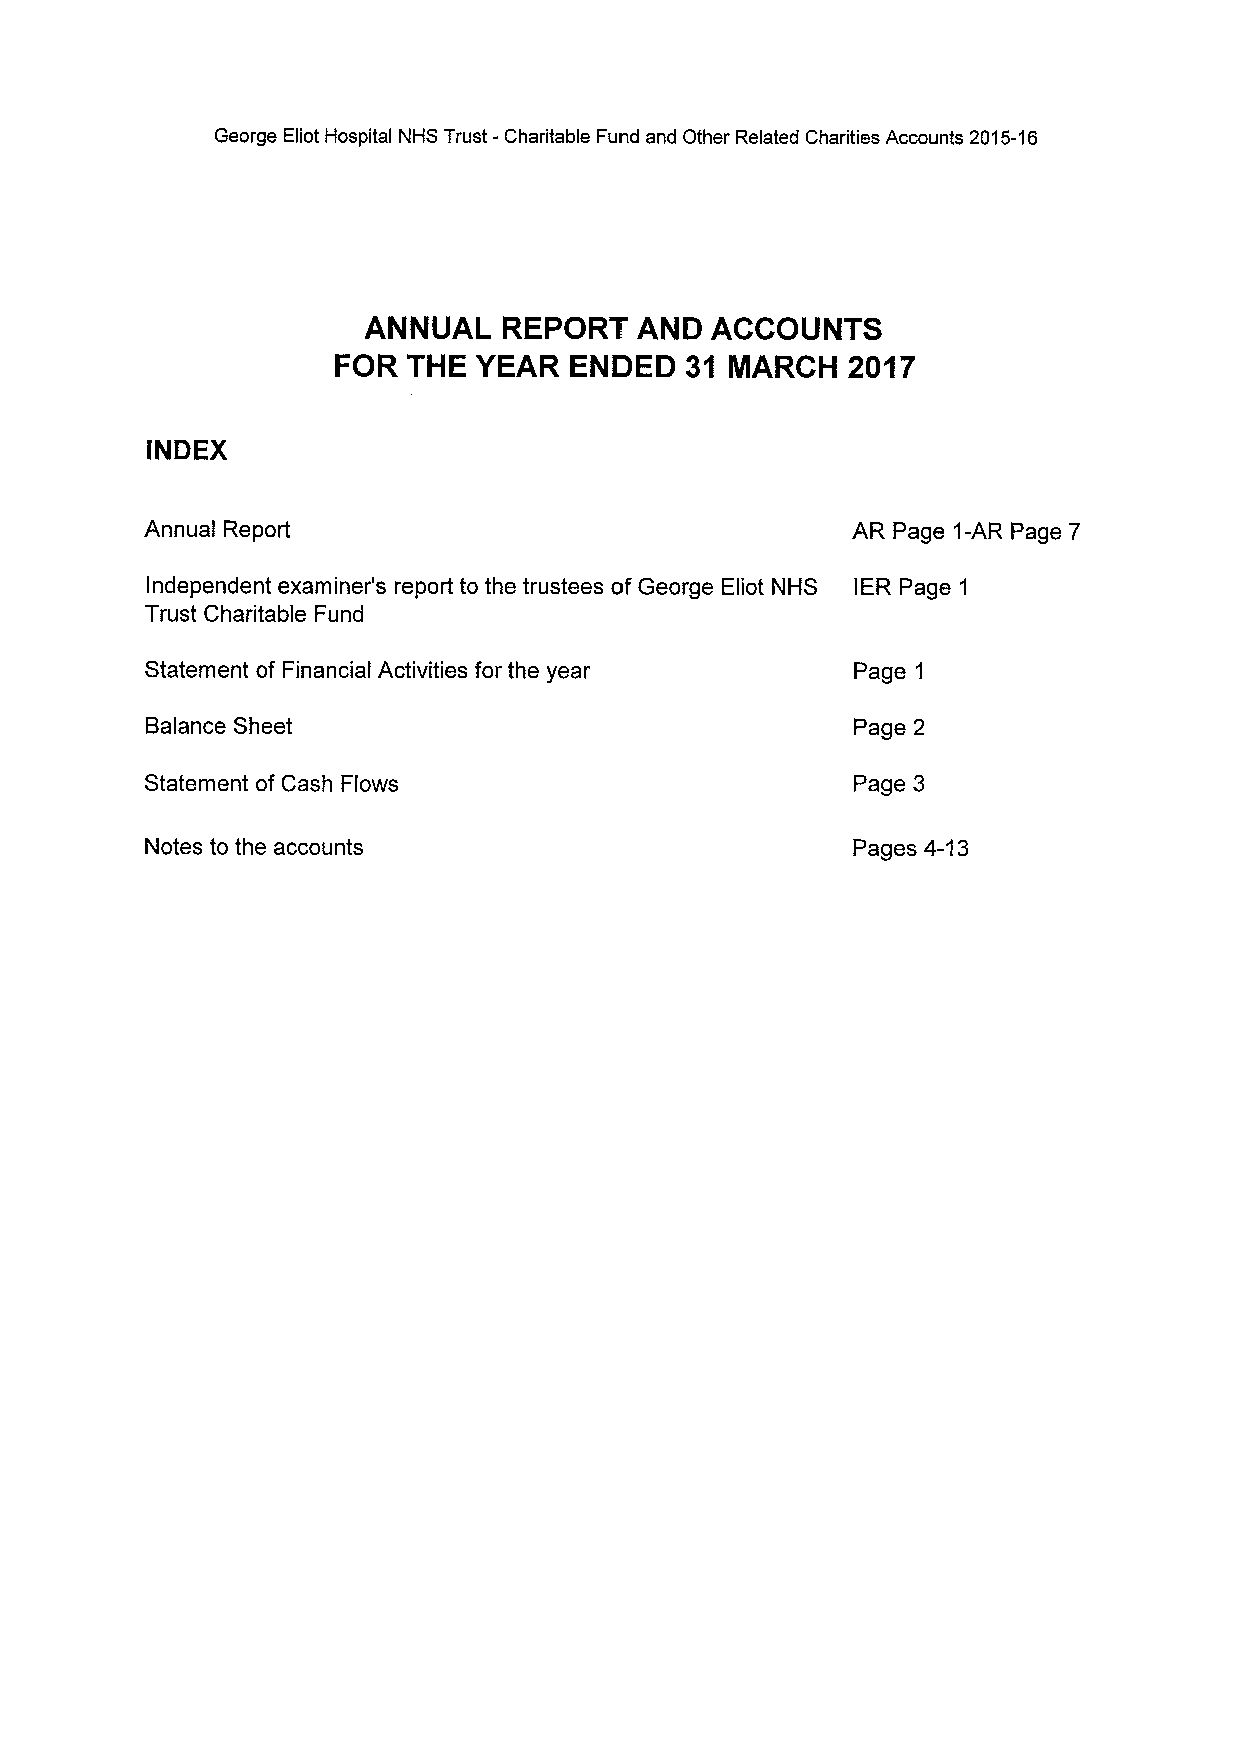
George Eliot Hospital NHS Trust -Charitable Fund and Other Related Charities Accounts 2015-16
 ANNUAL   REPORT   AND  ACCOUNTS
 FOR  THE YEAR   ENDED  3't MARCH  2017
 INDEX
 Annual Report                                 AR Page 1-AR Page 7
 Independent examiner's report to the trustees of George Eliot NHS IER Page 1
 Trust Charitable Fund
 Statement of Financial Activities for the year Page 1
 Balance Sheet                                 Page 2
 Statement of Cash Flows                       Page 3
 Notes to the accounts                         Pages 4-13